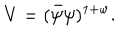
LaTeX: V = ( \bar { \psi } \psi ) ^ { 1 + w } .